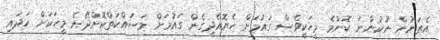
އެތަނުން ނުކުންނަ ކޮންމެ މީހަކީވެސް ގައުމަށް ހެޔޮއެދިގެން ގައުމަށް މަސައްކަތްކޮށްދޭނެ މީހަކަށް ހަދައި